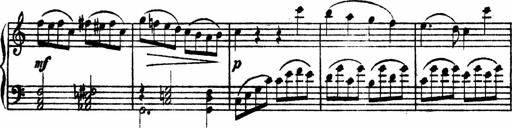
Title: Piano Sonata
Composer: Karl HÃ¤ssler
Key: C major